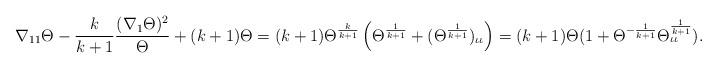
LaTeX: \begin{align*}\nabla_{11}\Theta-\frac{k}{k+1}\frac{(\nabla_{1}\Theta)^{2}}{\Theta}+(k+1)\Theta=(k+1)\Theta^{\frac{k}{k+1}}\left(\Theta^{\frac{1}{k+1}}+(\Theta^{\frac{1}{k+1}})_{\iota\iota}\right)=(k+1)\Theta(1+\Theta^{-\frac{1}{k+1}}\Theta^{\frac{1}{k+1}}_{\iota \iota}).\end{align*}